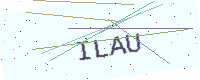
Text: ILAU